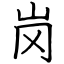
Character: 岗